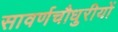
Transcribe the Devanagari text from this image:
सावर्णचौधुरीयों